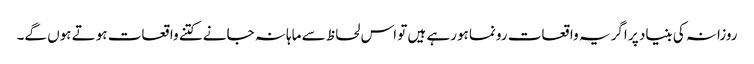
روزانہ کی بنیاد پر اگر یہ واقعات رونما ہورہے ہیں تو اس لحاظ سے ماہانہ جانے کتنے واقعات ہوتے ہوں گے۔